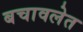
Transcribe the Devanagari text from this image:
बचावलेत